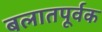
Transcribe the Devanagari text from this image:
बलातपूर्वक